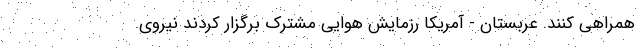
همراهی کنند. عربستان - آمریکا رزمایش هوایی مشترک برگزار کردند نیروی